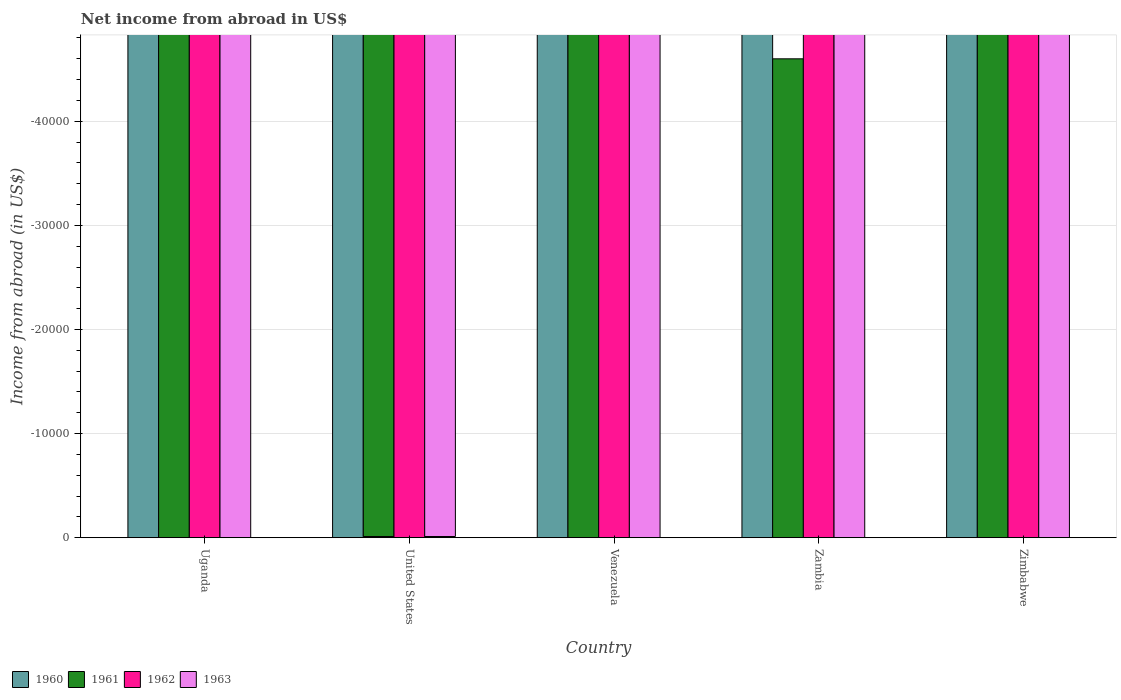
| Country | 1960 | 1961 | 1962 | 1963 |
 | --- | --- | --- | --- | --- |
 | Uganda | -1.17e+05 | -1.05e+05 | -4.19e+05 | -3.64e+05 |
 | United States | -3.1e+09 | -3.5e+09 | -4.1e+09 | -4.5e+09 |
 | Venezuela | -1.76e+06 | -1.96e+06 | -2.13e+06 | -2.05e+06 |
 | Zambia | -5.18e+04 | -4.6e+04 | -4.9e+04 | -4.86e+04 |
 | Zimbabwe | -2.97e+07 | -3.65e+07 | -4.17e+07 | -4.86e+07 |